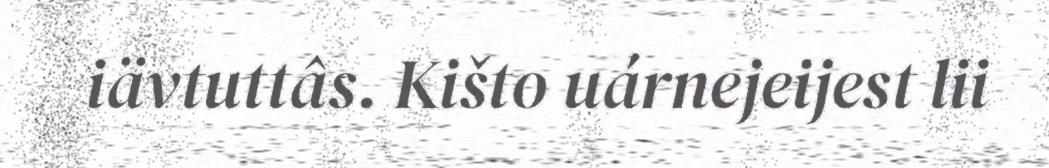
iävtuttâs. Kišto uárnejeijest lii